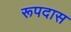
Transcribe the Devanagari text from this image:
रूपदास